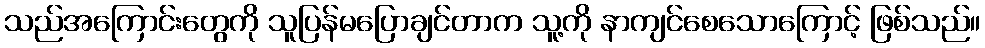
သည်အကြောင်းတွေကို သူပြန်မပြောချင်တာက သူ့ကို နာကျင်စေသောကြောင့် ဖြစ်သည်။